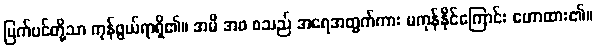
မြက်ပင်တို့သာ ကုန်ဖွယ်ရာရှိ၏။ အမိ အဖ စသည် အရေအတွက်ကား မကုန်နိုင်ကြောင်း ဟောထား၏။